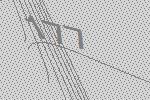
177